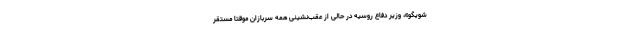
شویگو»، وزیر دفاع روسیه در حالی از عقب‌نشینی همه سربازان موقتا مستقر